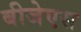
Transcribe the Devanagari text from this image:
बीजेएस